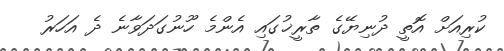
ކުރިއަށް އޮތީ ދުނިޔޭގެ ތާރީޚުގައި އެންމެ ހޫނުގަދަވާނެ ދެ އަހަރު